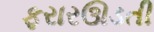
ફરારઊડતી